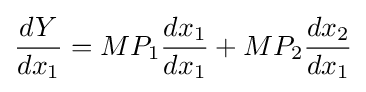
{\frac {dY}{dx_{1}}}=MP_{1}{\frac {dx_{1}}{dx_{1}}}+MP_{2}{\frac {dx_{2}}{dx_{1}}}